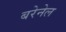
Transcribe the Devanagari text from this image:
बरेनेल